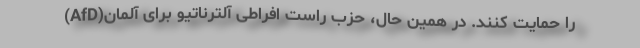
را حمایت کنند. در همین حال، حزب راست افراطی آلترناتیو برای آلمان(AfD)